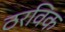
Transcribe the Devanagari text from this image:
ठरविक